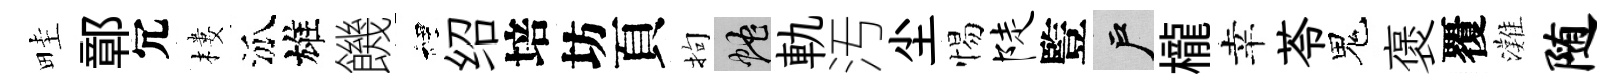
畦鄣冗樓泒雄饑裡绍培坊頁拘蛇軌汚尘惕陡䜿户櫳幸苓鬼褒覆灘随